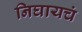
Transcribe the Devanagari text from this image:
निघायचं